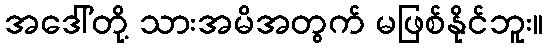
အဒေါ်တို့ သားအမိအတွက် မဖြစ်နိုင်ဘူး။